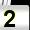
Digit: 2